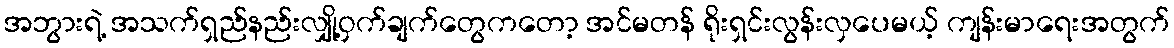
အဘွားရဲ့ အသက်ရှည်နည်းလျှို့ဝှက်ချက်တွေကတော့ အင်မတန် ရိုးရှင်းလွန်းလှပေမယ့် ကျန်းမာရေးအတွက်